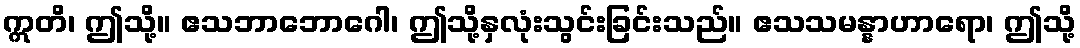
ဣတိ၊ ဤသို့။ ဧသဘာဘောဂေါ၊ ဤသို့နှလုံးသွင်းခြင်းသည်။ ဧသသမန္နာဟာရော၊ ဤသို့